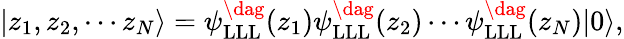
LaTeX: |z_{1},z_{2},\cdots z_{N}\rangle=\psi_{\mathrm{LLL}}^{\dag}(z_{1})\psi_{\mathrm{LLL}}^{\dag}(z_{2})\cdots\psi_{\mathrm{LLL}}^{\dag}(z_{N})|0\rangle,